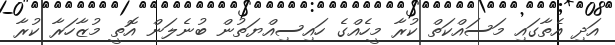
އަދި އެތާގައި މަސައްކަތް ކުރާ މީހެއްގެ ހައިސިއްޔަތުން ބުނެލަން އޮތީ މުޒާހަރާ ކުރާ